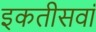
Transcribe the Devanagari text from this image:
इकतीसवां